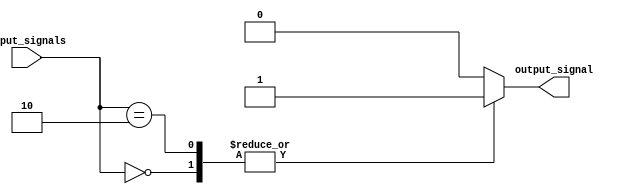
module priority_case_statement (
    input wire [1:0] input_signals,
    output reg output_signal
);

always @* begin
    case (input_signals)
        2'b00: output_signal = 1; // Case statement 1
        2'b01: output_signal = 0; // Case statement 2
        2'b10: output_signal = 1; // Case statement 3
        default: output_signal = 0; // Default behavior
    endcase
end

endmodule